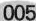
005